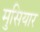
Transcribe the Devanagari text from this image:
मुसियार